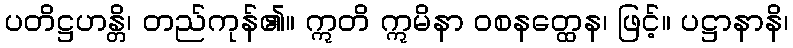
ပတိဋ္ဌဟန္တိ၊ တည်ကုန်၏။ ဣတိ ဣမိနာ ဝစနတ္ထေန၊ ဖြင့်။ ပဋ္ဌာနာနိ၊